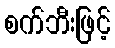
စက်ဘီးဖြင့်